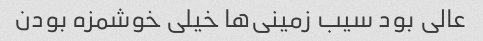
عالی بود سیب زمینی‌ها خیلی خوشمزه بودن